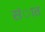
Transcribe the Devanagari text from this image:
संात